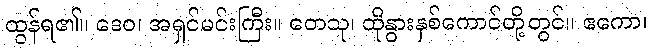
ထွန်ရ၏။ ဒေဝ၊ အရှင်မင်းကြီး။ တေသု၊ ထိုနွားနှစ်ကောင်တို့တွင်။ ဧကော၊